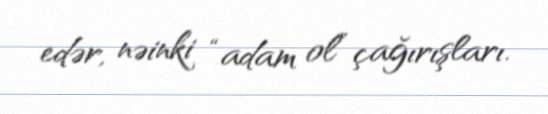
edər, nəinki “adam ol” çağırışları.